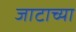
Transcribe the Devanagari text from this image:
जाटाच्या